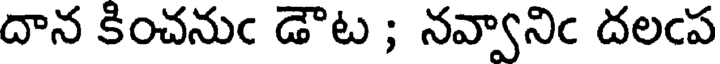
దాన కించనుఁ డౌట ; నవ్వానిఁ దలఁప